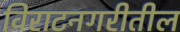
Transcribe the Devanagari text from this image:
विराटनगरीतील